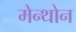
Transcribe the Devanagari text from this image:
मेन्थोन